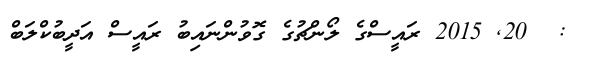
:  20